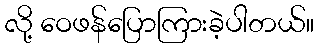
လို့ ဝေဖန်ပြောကြားခဲ့ပါတယ်။